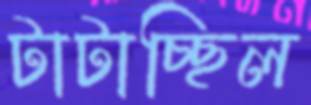
টাটাচ্ছিল